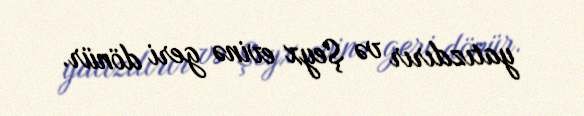
yatızdırır və Şeyx evinə geri dönür.